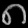
Digit: ၈